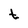
Character: t